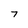
Character: 7